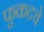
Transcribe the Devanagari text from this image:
फुकटचे